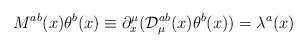
\begin{align*}M^{ab}(x)\theta ^b(x)\equiv \partial _x^\mu ({\cal D}_\mu ^{ab}(x)\theta^b(x))=\lambda ^a(x)\end{align*}